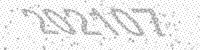
Solution: 202107